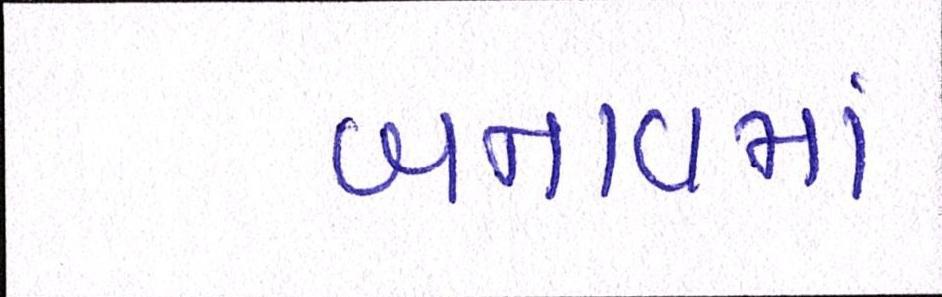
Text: બનાવમાં